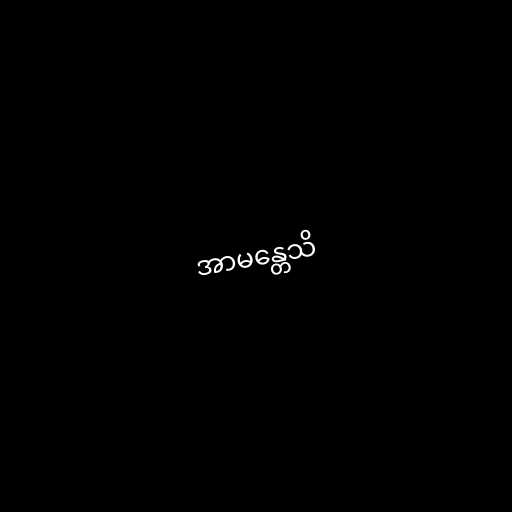
အာမန္တေသိ